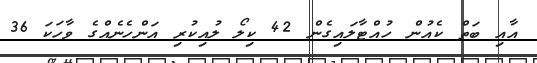
އާއި ބަތް ކެއުން ހުއްޓާލައިގެން 42 ކިލޯ ލުއިކުރި އަންހެނެއްގެ ވާހަކަ 36